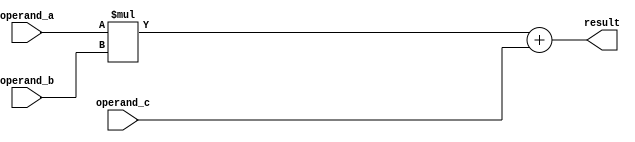
module fused_multiply_add (
    input wire [31:0] operand_a,
    input wire [31:0] operand_b,
    input wire [31:0] operand_c,
    output reg [31:0] result
);

reg [31:0] product;
reg [31:0] sum;

always @(*) begin
    product = operand_a * operand_b;
    sum = product + operand_c;
    result = sum;
end

endmodule